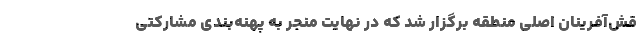
قش‌آفرینان اصلی منطقه برگزار شد که در نهایت منجر به پهنه‌بندی مشارکتی